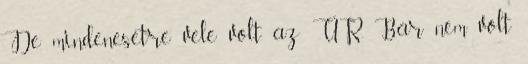
De mindenesetre vele volt az ÚR. Bár nem volt